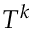
T ^ { k }